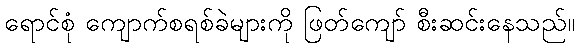
ရောင်စုံ ကျောက်စရစ်ခဲများကို ဖြတ်ကျော် စီးဆင်းနေသည်။